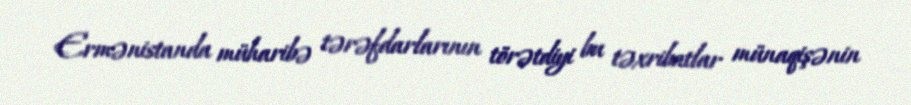
Ermənistanda müharibə tərəfdarlarının törətdiyi bu təxribatlar münaqişənin